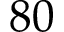
8 0